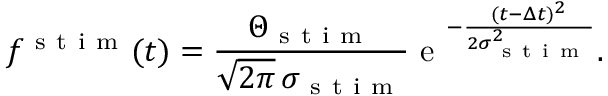
f ^ { \mathrm { ~ s ~ t ~ i ~ m ~ } } ( t ) = \frac { \Theta _ { \mathrm { ~ s ~ t ~ i ~ m ~ } } } { \sqrt { 2 \pi } \, \sigma _ { \mathrm { ~ s ~ t ~ i ~ m ~ } } } \mathrm { ~ e ~ } ^ { - \frac { ( t - \Delta t ) ^ { 2 } } { 2 \sigma _ { \mathrm { ~ s ~ t ~ i ~ m ~ } } ^ { 2 } } } .